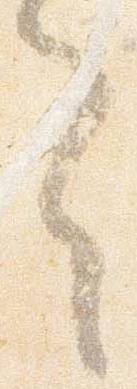
之